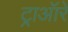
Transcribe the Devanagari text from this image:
ट्राऑरे